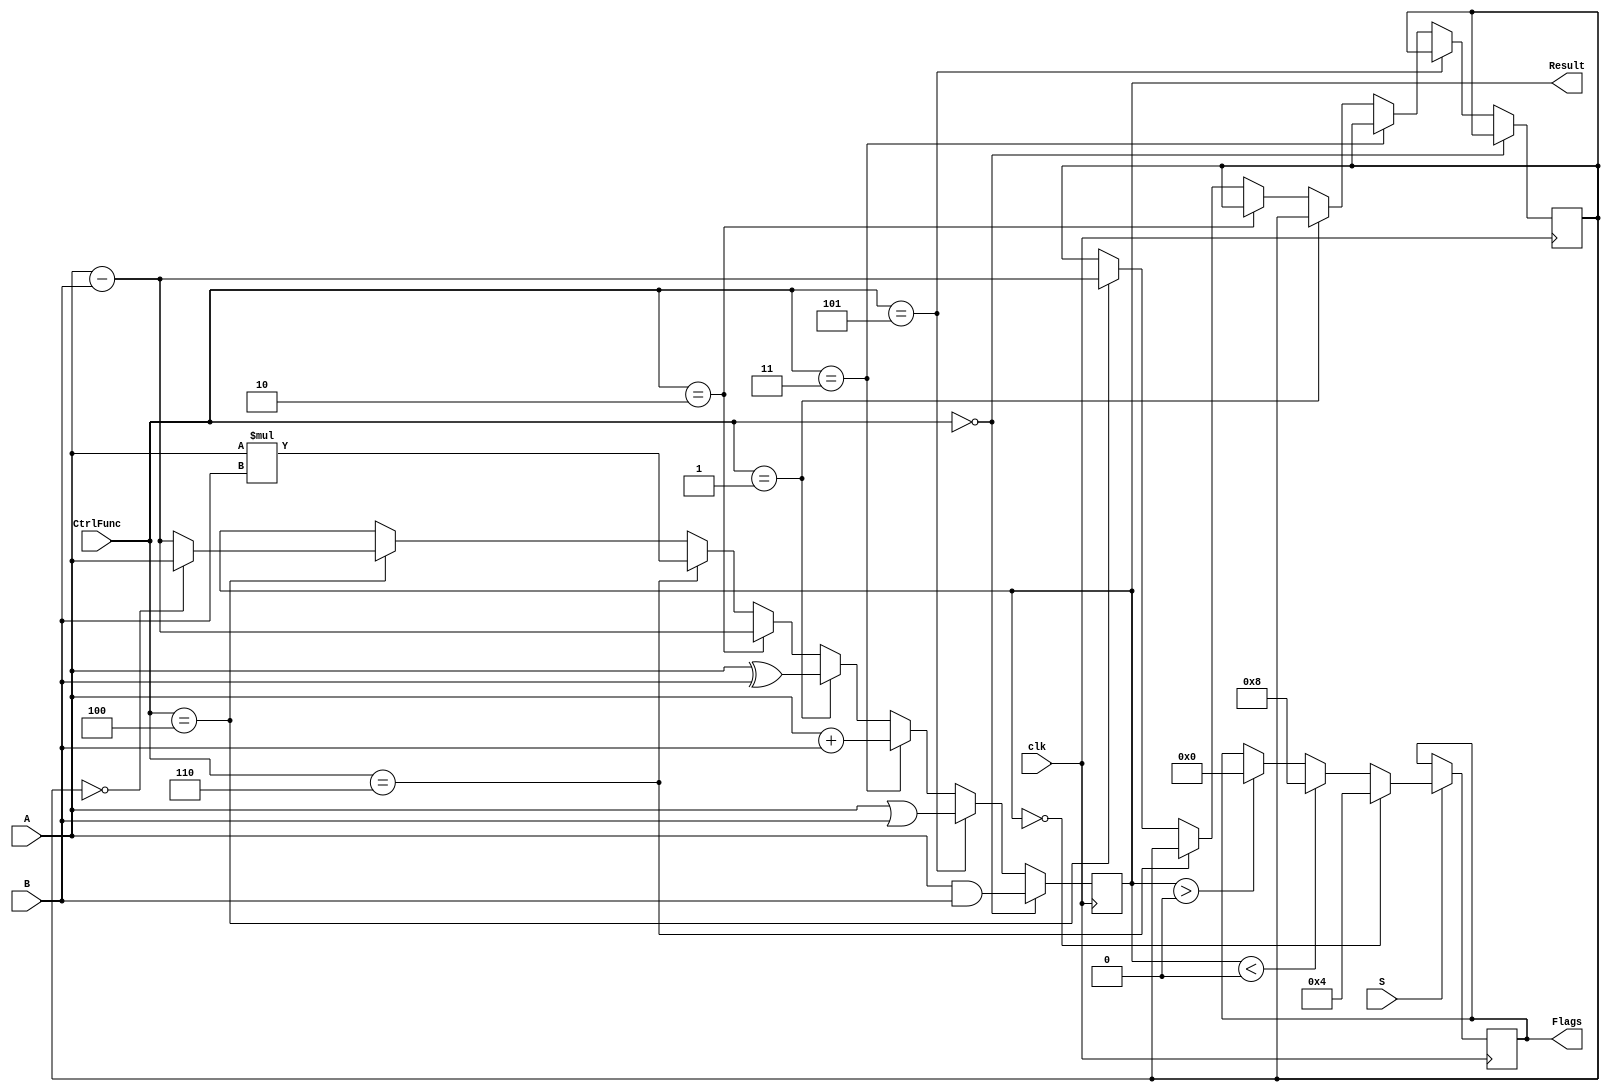
`timescale 1ns / 1ps
//////////////////////////////////////////////////////////////////////////////////
// Company: 
// Engineer: 
// 
// Design Name: 
// Module Name:    ALU 
// Project Name: 
// Target Devices: 
// Tool versions: 
// Description: 
//
// Dependencies: 
//
// Revision: 
// Revision 0.01 - File Created
// Additional Comments: 
//
//////////////////////////////////////////////////////////////////////////////////
module ALU(
	 input clk,
	 input S,
    input [31:0] A,
    input [31:0] B,
    input [2:0] CtrlFunc,
    output reg signed [31:0] Result,
    output reg [3:0] Flags
	 );

reg [31:0]CMPtemp;

initial begin
Result <= 0;
Flags <= 0;
end

always@(posedge clk)
begin

if(CtrlFunc == 3'b000) //AND
	Result <= A & B;
	
else if(CtrlFunc == 3'b101) //OR
	Result <= A | B;
	
else if(CtrlFunc == 3'b011)//ADD
	Result <= A + B;

else if(CtrlFunc == 3'b001) //XOR
	Result <= A ^ B;
	
else if(CtrlFunc == 3'b010) //SUB
	Result <= A - B;

else if(CtrlFunc == 3'b110) //MUL
	Result <= A * B;

else if(CtrlFunc == 3'b100) //CMP
	begin
		CMPtemp <= A - B;
		if(CMPtemp == 32'd0)
			begin
				Result <= A;
			end
		else
			begin
				Result <= A - B;
			end
	end
end

always @(negedge clk)     //para simular	(Result), para placa (negedge clk)			     //flags  [N,Z,C,V]
begin
	if(S == 1)
		begin
			if(Result == 32'd0)
				Flags <= 4'b0100;

			else if(Result < 0)
				Flags <= 4'b1000;
				
			else if(Result > 0)
				Flags <= 4'b0000;
		end
end

endmodule